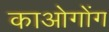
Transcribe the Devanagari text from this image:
काओगोंग